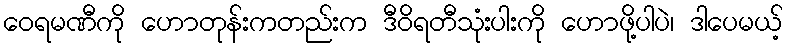
ဝေရမဏီကို ဟောတုန်းကတည်းက ဒီဝိရတီသုံးပါးကို ဟောဖို့ပါပဲ၊ ဒါပေမယ့်